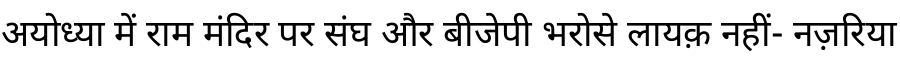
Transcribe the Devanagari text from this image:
अयोध्या में राम मंदिर पर संघ और बीजेपी भरोसे लायक़ नहीं- नज़रिया